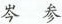
岑 参